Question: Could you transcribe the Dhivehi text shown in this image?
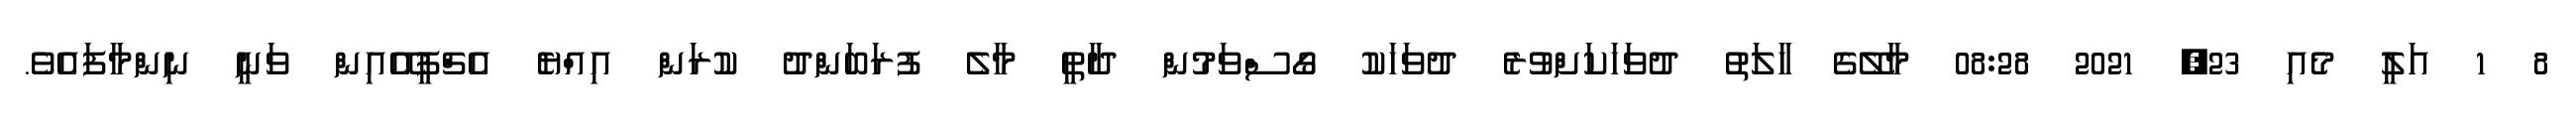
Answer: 8 1 އަލީ މެއި 23, 2021 08:28 މާލޭގެ ހާލަތު ދުވަހަކަށްވުރެ ދުވަހަކު ގޯސްވަމުން ދާތީ މާލެ ފުރަބަންދު ކުރަން އިއްޔެ އެޗްޕީއޭއިން ވަނީ ނިންމާފައެވެ.